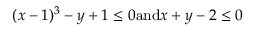
( x - 1 ) ^ { 3 } - y + 1 \leq 0 { \mathrm { a n d } } x + y - 2 \leq 0